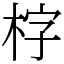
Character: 𣑑